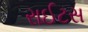
રાઈટસ